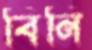
বিনি